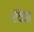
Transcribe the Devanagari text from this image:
रवेन